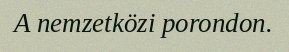
A nemzetközi porondon.